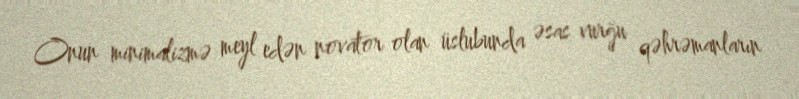
Onun minimalizmə meyl edən novator olan üslubunda əsas vurğu qəhrəmanların